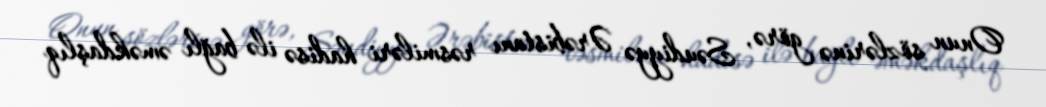
Onun sözlərinə görə, Səudiyyə Ərəbistanı rəsmiləri hadisə ilə bağlı əməkdaşlıq